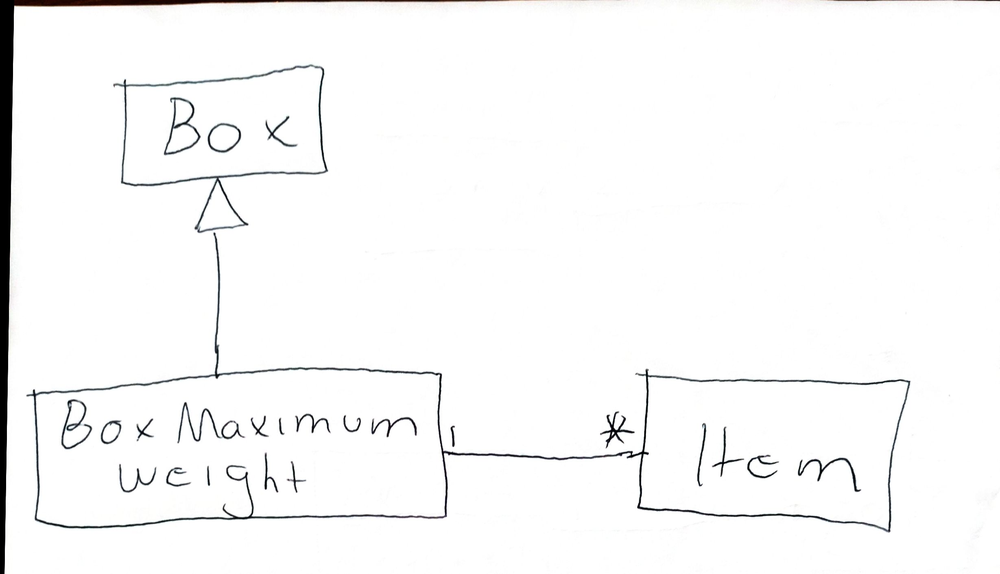
Diagram type: class_diagram
```plantuml
@startuml

class Box

class BoxMaximumWeight extends Box

class Item

BoxMaximumWeight "1" -- "*" Item

@enduml
```